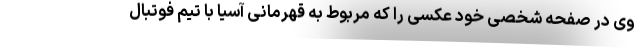
وی در صفحه شخصی خود عکسی را که مربوط به قهرمانی آسیا با تیم فوتبال